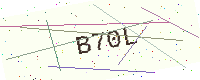
Text: B70L